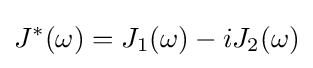
J^{*}(\omega )=J_{1}(\omega )-iJ_{2}(\omega )